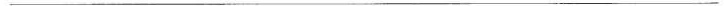
___